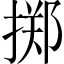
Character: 掷